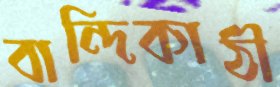
বান্দিকাঠী